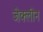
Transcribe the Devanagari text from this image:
जेक्लीन